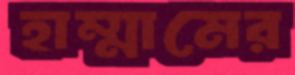
হাম্মামের